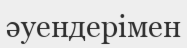
әуендерімен